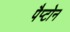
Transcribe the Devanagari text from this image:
पैप्टोन